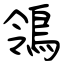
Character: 鴒